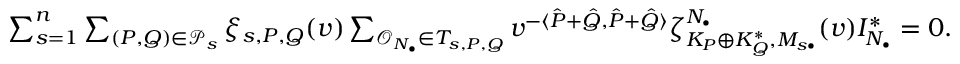
\begin{array} { r } { \sum _ { s = 1 } ^ { n } \sum _ { ( P , Q ) \in { \mathcal P } _ { s } } \xi _ { s , P , Q } ( v ) \sum _ { { \mathcal O } _ { N _ { \bullet } } \in T _ { s , P , Q } } v ^ { - \langle \hat { P } + \hat { Q } , \hat { P } + \hat { Q } \rangle } \zeta _ { K _ { P } \oplus K _ { Q } ^ { * } , M _ { s \bullet } } ^ { N _ { \bullet } } ( v ) I _ { N _ { \bullet } } ^ { * } = 0 . } \end{array}